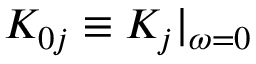
K _ { 0 j } \equiv K _ { j } | _ { \omega = 0 }